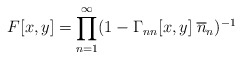
\begin{align*}F[x,y] = \prod^\infty_{n=1} (1-\Gamma_{nn}[x,y] \; \overline{n}_n)^{-1}\end{align*}